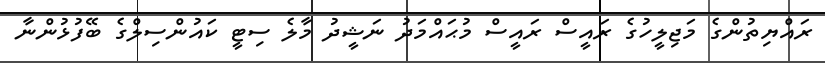
ރައްޔިތުންގެ މަޖިލީހުގެ ރައީސް ރައީސް މުޙައްމަދު ނަޝީދު މާލެ ސިޓީ ކައުންސިލްގެ ބޭފުޅުންނާ